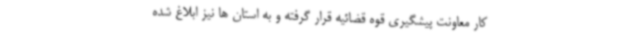
کار معاونت پیشگیری قوه قضائیه قرار گرفته و به استان ها نیز ابلاغ شده